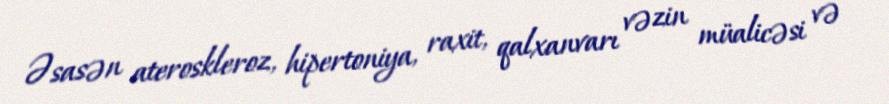
Əsasən ateroskleroz, hipertoniya, raxit, qalxanvarı vəzin müalicəsi və